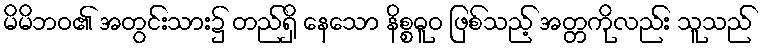
မိမိဘဝ၏ အတွင်းသား၌ တည်ရှိ နေသော နိစ္စဓူဝ ဖြစ်သည့် အတ္တကိုလည်း သူသည်